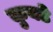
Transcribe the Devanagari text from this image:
कुबडे